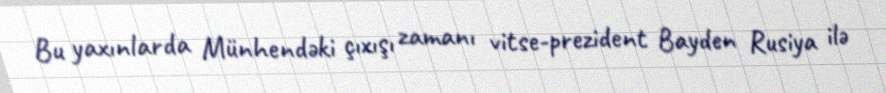
Bu yaxınlarda Münhendəki çıxışı zamanı vitse-prezident Bayden Rusiya ilə